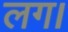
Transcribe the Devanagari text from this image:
लग।